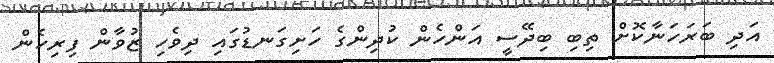
އަދި ބަރަހަނާކޮށް ތިބި ބިދޭސީ އަންހެން ކުދިންގެ ހަށިގަނޑުގައި ދިވެހި ޒުވާން ފިރިހެން